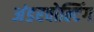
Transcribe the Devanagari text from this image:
अंडरवोल्टिंग